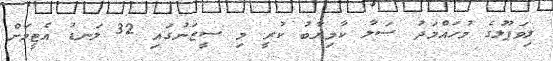
ލިވަޕޫލުގެ މުހައްމަދު ސަލާ ކާމިޔާބު ކުރީ މި ސީޒަނުގައި 32 ލަނޑު އެޓީމަށް